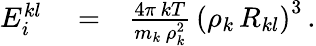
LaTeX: \begin{array}{rlr}{E_{i}^{kl}}&{{}=}&{\frac{4\pi\, kT}{m_{k}\, \rho_{k}^{2}}\, \left(\rho_{k}\, R_{kl}\right)^{3}\, .}\end{array}